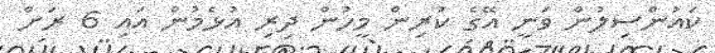
ކައުންސިލުން ވަނީ އޭގެ ކުރިން މީހުން ދިރި އުޅެމުން އައި 6 ރަށް